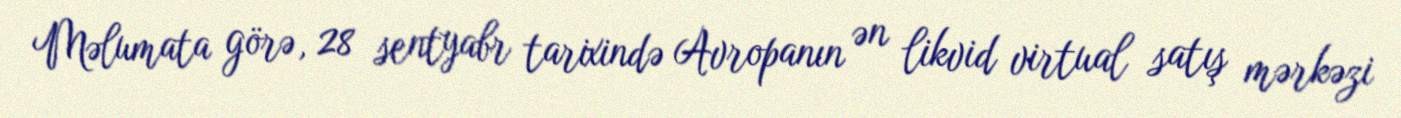
Məlumata görə, 28 sentyabr tarixində Avropanın ən likvid virtual satış mərkəzi